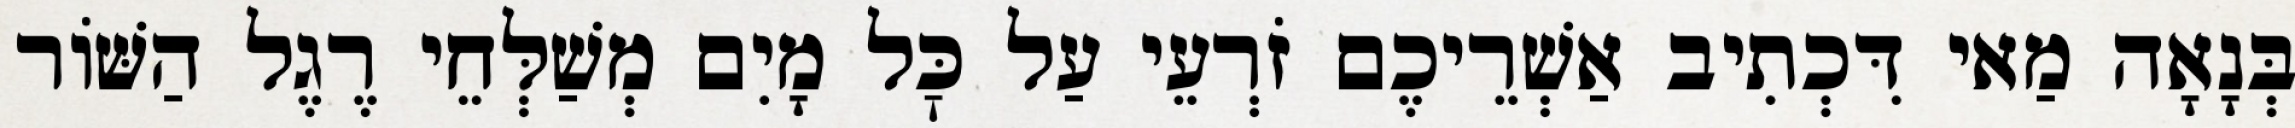
בְּנָאָה מַאי דִּכְתִיב אַשְׁרֵיכֶם זֹרְעֵי עַל כׇּל מָיִם מְשַׁלְּחֵי רֶגֶל הַשּׁוֹר